Civil Veterinary Department Bengal reports 1933-51 - 1933-1951
Year: 1933
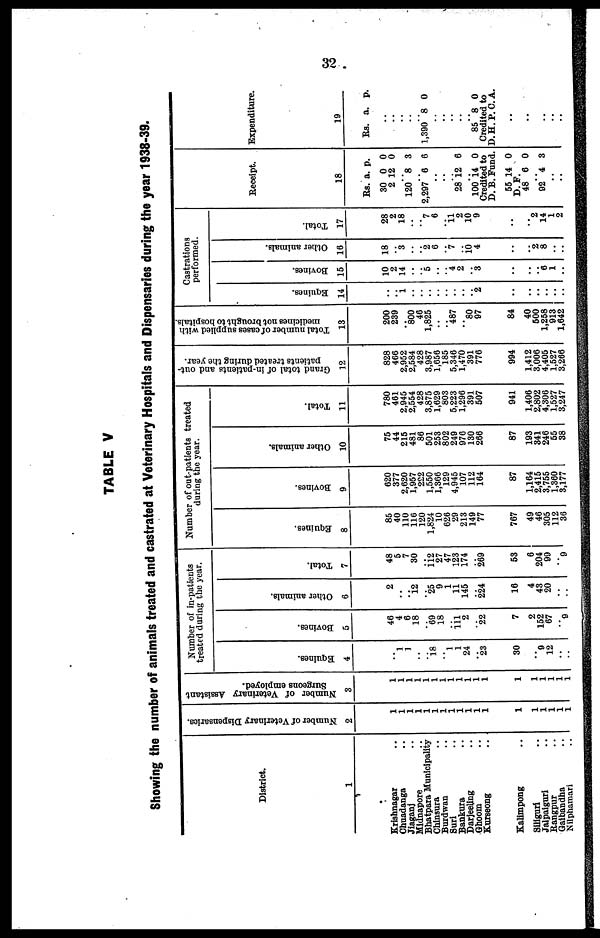
32
TABLE V
Showing the number of animals treated and castrated at Veterinary Hospitals and Dispensaries during the year 1938-39.
District.
1
Krishnagar ..
Chuadanga ..
Jiaganj ..
Midnapore ..
Bhatpara Municipality
Chinsura ..
Burdwan ..
Suri ..
Bankure ..
Darjeeling ..
Choom ..
Kurseong ..
Kalimpong ..
Siliguri ..
Jalpaiguri ..
Rangpur ..
Gaibendha ..
Nilphamari ..
Number of Veterinary Dispensaries.
2
1
1
1
1
1
1
1
1
1
1
1
1
1
1
1
1
1
1
Number of Veterinary Assistant
Surgeons employed.
3
1
1
1
1
1
1
1
1
1
1
1
1
1
1
1
1
1
1
Number of in-patients
treated during the year.
Equines.
4
..
1
1
..
.. 18
..
1
1
24
..
23
30
..
9
12
..
..
Bovines.
5
46
4
6
18
.. 69
18
111
2
..
22
7
2
152
67
..
9
Other animals.
6
2
..
..
12
.. 25
9
1
11
145
..
224
16
4
43
20
..
..
Total.
7
48
5
7
30
.. 112
27
47
123
174
..
269
53
6
204
99
..
9
Number of out-patients treated
during the year.
Equines.
8
85
40
110
116
120
1,824
10
626
29
213
149
77
767
49
46
305
112
36
Bovines.
9
620
377
2,620
1,957
222
1,550
1,366
129
4,945
107
112
164
87
1,164
2,415
3,755
1,360
3,177
Other animals.
10
75
44
215
481
86
501
253
802
249
976
130
266
87
193
341
246
55
38
Total.
11
780
461
2,945
2,554
428
3,875
1,629
803
5,223
1,296
391
507
941
1,406
2,802
4,306
1,527
3,247
Grand total of in-patients and out-
patients treated during the year.
12
828
466
2,952
2,584
428
3,987
1,656
185
5,346
1,470
391
776
994
1,412
3,006
4,405
1,527
3,266
Total number of cases supplied with
medicines not brought to hospitals.
13
200
239
800
46
1,825
..
..
487
..
80
97
84
40
500
1,258
913
1,642
Castrations
performed.
Equines.
14
..
..
1
..
..
..
..
..
..
..
2
..
..
..
..
..
..
Bovines.
15
10
2
14
..
5
..
..
4
2
6
.
..
..
..
..
6
1
..
Other animals.
16
18
..
3
..
2
6
..
7
..
10
4
..
..
..
2
8
..
..
Total.
17
28
2
18
..
7
6
...
11
2
10
9
..
..
..
2
14
1
2
Receipt.
18
Rs.
30
2
120
2,297
..
..
..
28
a.
0
12
8
6
12
p.
0
0
3
6
6
100 14 0
Credited to
D. B. Fund.
55
D. F
48
..
92
..
..
14
.
6
4
0
0
3
Expenditure.
19
Rs.
..
..
.
..
1,390
..
.
..
..
a.
.
8
.
p.
0
85 8 0
Credited to
D.H.P.C.A.
..
..
..
..
..
..